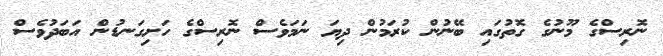
ނޮރިސްގެ މޫނުގެ ގޮތުގައި ބޭނުން ކުރަމުން ދިޔަ ނަމަވެސް ނޮރިސްގެ ހަށިގަނޑުން އަބަދުވެސް